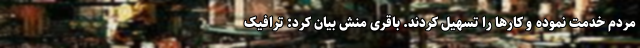
مردم خدمت نموده و کارها را تسهیل کردند. باقری‌ منش بیان کرد: ترافیک